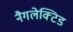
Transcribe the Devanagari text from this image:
नैगलेक्टिड